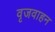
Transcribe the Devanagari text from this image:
वृजवाहन